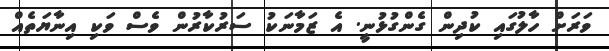
ވަރަށް ހާލުގައި ކުދިން ގެންގުޅުނީ. އެ ޒަމާނަކު ސަރުކާރުން ވެސް ވަކި އިނާޔަތެއް